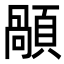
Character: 䫚